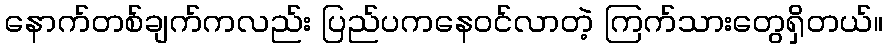
နောက်တစ်ချက်ကလည်း ပြည်ပကနေဝင်လာတဲ့ ကြက်သားတွေရှိတယ်။